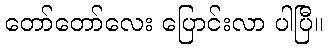
တော်တော်လေး ပြောင်းလာ ပါပြီ။